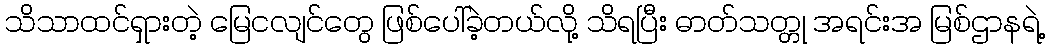
သိသာထင်ရှားတဲ့ မြေငလျင်တွေ ဖြစ်ပေါ်ခဲ့တယ်လို့ သိရပြီး ဓာတ်သတ္တု အရင်းအ မြစ်ဌာနရဲ့